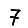
Digit: 7